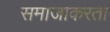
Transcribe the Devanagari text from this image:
समाजाकरता